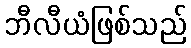
ဘီလီယံဖြစ်သည်